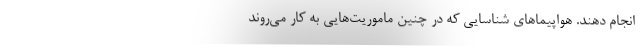
انجام دهند. هواپیماهای شناسایی که در چنین ماموریت‌هایی به کار می‌روند